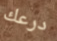
درعك